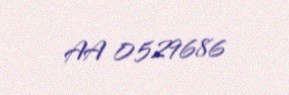
AA 0529686